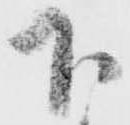
下